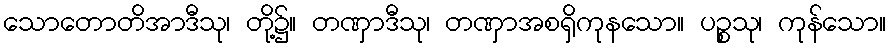
သောတောတိအာဒီသု၊ တို့၌။ တဏှာဒီသု၊ တဏှာအစရှိကုနသော။ ပဉ္စသု၊ ကုန်သော။